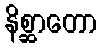
နိစ္ဆာတော